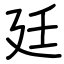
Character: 廷